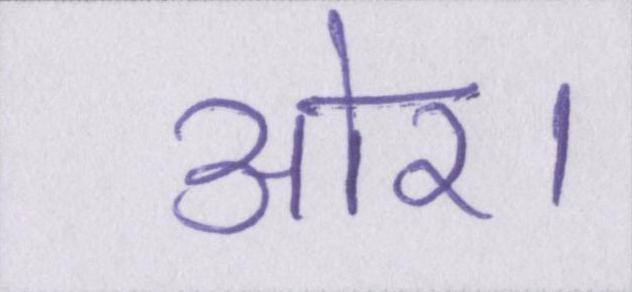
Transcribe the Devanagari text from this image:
ओर।